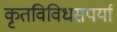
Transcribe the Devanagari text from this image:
कृतविविधसपर्या